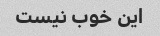
این خوب نیست